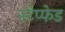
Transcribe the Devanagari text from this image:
स्टेप्फेड